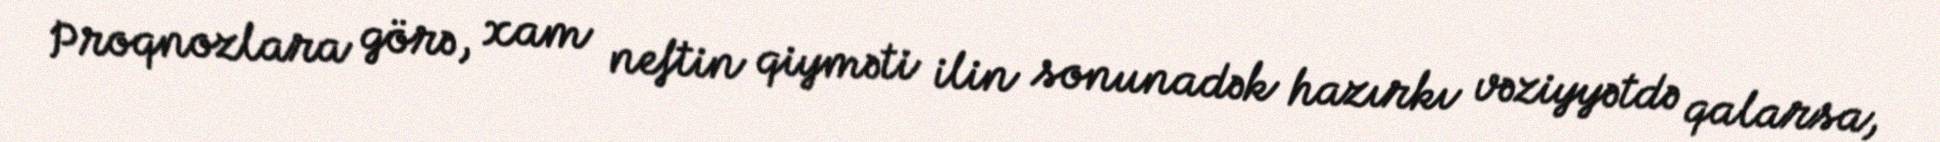
Proqnozlara görə, xam neftin qiyməti ilin sonunadək hazırkı vəziyyətdə qalarsa,